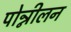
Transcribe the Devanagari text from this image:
पोन्नीलन